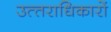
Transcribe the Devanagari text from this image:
उत्‍तराधिकारों